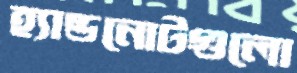
হ্যান্ডনোটগুলো